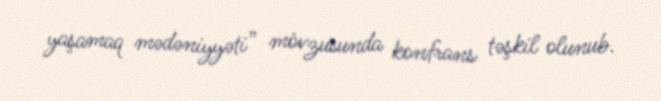
yaşamaq mədəniyyəti” mövzusunda konfrans təşkil olunub.